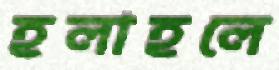
হলাহলে